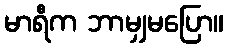
မာရီက ဘာမျှမပြော။